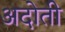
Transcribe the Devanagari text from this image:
अदोती